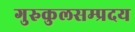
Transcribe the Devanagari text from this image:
गुरुकुलसम्प्रदय